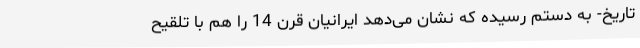
تاریخ- به دستم رسیده که نشان می‌دهد ایرانیان قرن 14 را هم با تلقیح